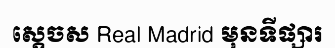
ស្តេចស Real Madrid មុនទីផ្សារ